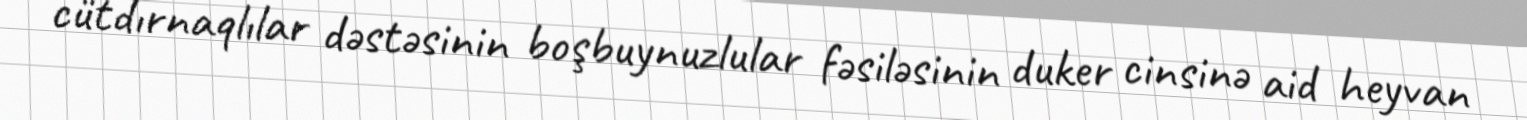
cütdırnaqlılar dəstəsinin boşbuynuzlular fəsiləsinin duker cinsinə aid heyvan